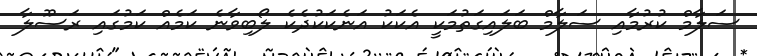
ސަލާމް ކުރުމާއި ސަލާމް ބަލައިގަތުމަކީ އެކަކު އަނެކަކުދެކެ ލޯބިވާނެ ކަމެއް ކަމުގައި ރަސޫލާ